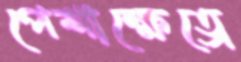
পেশাক্ষেত্রে